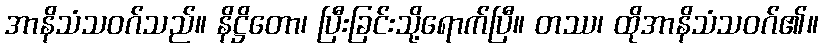
အာနိသံသဝဂ်သည်။ နိဋ္ဌိတော၊ ပြီးခြင်းသို့ရောက်ပြီ။ တဿ၊ ထိုအာနိသံသဝဂ်၏။